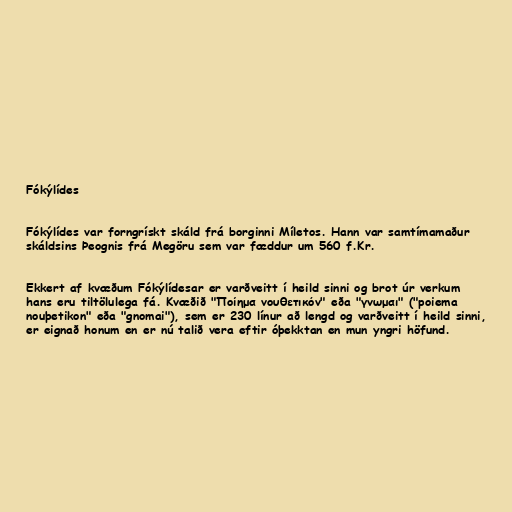
Fókýlídes

Fókýlídes var forngrískt skáld frá borginni Míletos. Hann var samtímamaður
skáldsins Þeognis frá Megöru sem var fæddur um 560 f.Kr.

Ekkert af kvæðum Fókýlídesar er varðveitt í heild sinni og brot úr verkum
hans eru tiltölulega fá. Kvæðið "Ποίημα νουθετικόν" eða "γνωμαι" ("poiema
nouþetikon" eða "gnomai"), sem er 230 línur að lengd og varðveitt í heild sinni,
er eignað honum en er nú talið vera eftir óþekktan en mun yngri höfund.